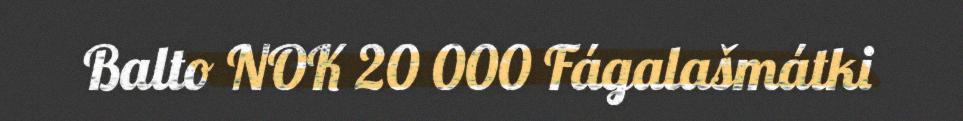
Balto NOK 20 000 Fágalašmátki